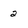
Character: 2